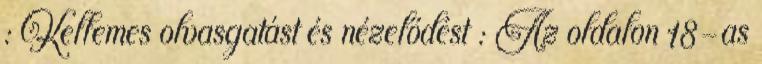
: Kellemes olvasgatást és nézelődést : Az oldalon 18-as